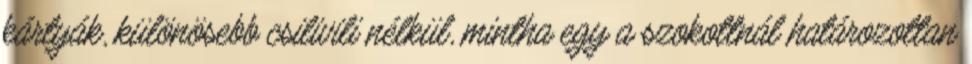
kártyák, különösebb csilivili nélkül, mintha egy a szokottnál határozottan